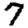
Digit: 7